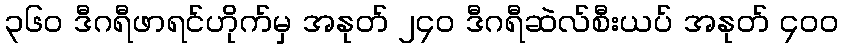
၃၆၀ ဒီဂရီဖာရင်ဟိုက်မှ အနုတ် ၂၄၀ ဒီဂရီဆဲလ်စီးယပ် အနုတ် ၄၀၀